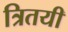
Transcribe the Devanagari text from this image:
त्रितयी